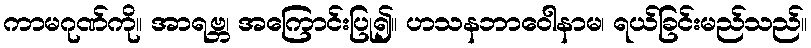
ကာမဂုဏ်ကို။ အာရဗ္ဘ၊ အကြောင်းပြု၍။ ဟသနဘာဝေါနာမ၊ ရယ်ခြင်းမည်သည်။